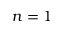
n = 1